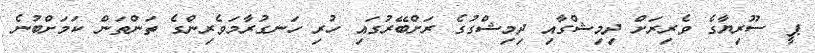
ޕީ ސޫރިޔާގެ ވެރިރަށް ދިމިޝްގާއި ދިމިޝްގުގެ ރަށްބޭރުގައި ހުރި ހަނގުރާމަވެރިންގެ ތަންތަން ކަމަށްބުނެ